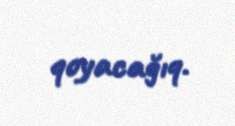
qoyacağıq.